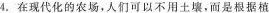
4.在现代化的农场，人们可以不用土壤，而是根据植